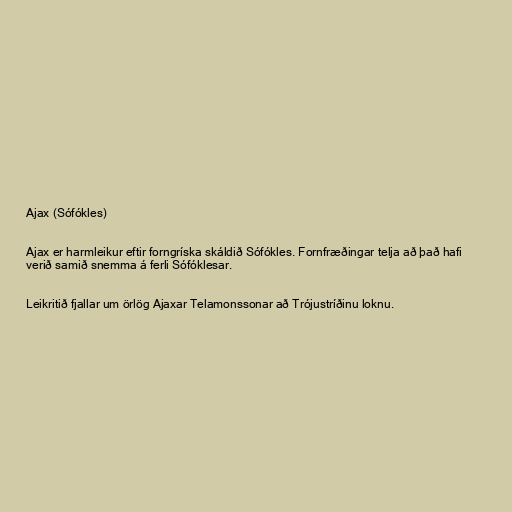
Ajax (Sófókles)

Ajax er harmleikur eftir forngríska skáldið Sófókles. Fornfræðingar telja að það hafi
verið samið snemma á ferli Sófóklesar.

Leikritið fjallar um örlög Ajaxar Telamonssonar að Trójustríðinu loknu.